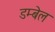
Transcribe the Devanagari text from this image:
डम्बेल